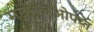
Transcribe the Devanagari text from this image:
मग्नोलिओफ्य्त